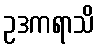
ဥဒကရာသိ